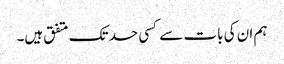
ہم ان کی بات سے کسی حد تک متفق ہیں۔